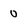
Character: 0